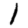
Digit: 1